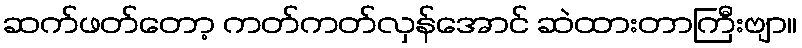
ဆက်ဖတ်တော့ ကတ်ကတ်လှန်အောင် ဆဲထားတာကြီးဗျာ။